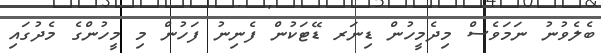
ބެލެވުނު ނަމަވެސް މިދެމީހުން ޑިނަރ ޑޭޓަކުން ފެނިނު ފަހުން މި މީހުންގެ މެދުގައި